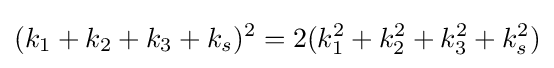
(k_{1}+k_{2}+k_{3}+k_{s})^{2}=2(k_{1}^{2}+k_{2}^{2}+k_{3}^{2}+k_{s}^{2})